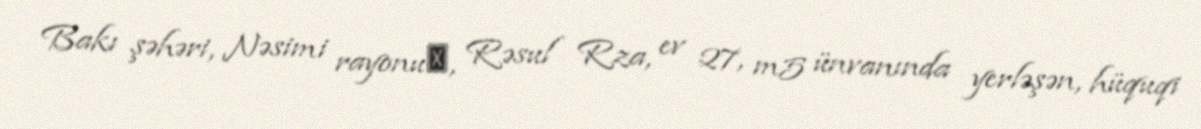
Bakı şəhəri, Nəsimi rayonu‎, Rəsul Rza, ev 27, m5 ünvanında yerləşən, hüquqi